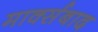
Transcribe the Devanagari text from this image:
मार्क्सबाद